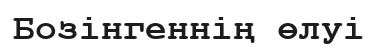
Бозінгеннің өлуі